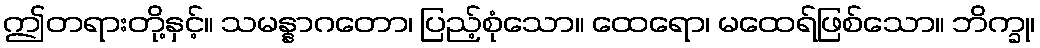
ဤတရားတို့နှင့်။ သမန္နာဂတော၊ ပြည့်စုံသော။ ထေရော၊ မထေရ်ဖြစ်သော။ ဘိက္ခု၊